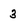
Character: 3